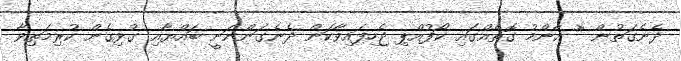
ދެނެގަތުން * އާންމު ގޮތެއްގައި ކޯފުއްޕި ޖެހިފައިވާކަން ދެނެގަންނަނީ ބައްޔާއި ގުޅިގެން ކުރިމަތިވާ